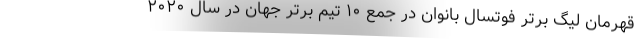
قهرمان لیگ برتر فوتسال بانوان در جمع ۱۰ تیم برتر جهان در سال ۲۰۲۰